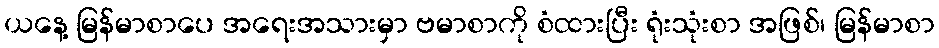
ယနေ့ မြန်မာစာပေ အရေးအသားမှာ ဗမာစာကို စံထားပြီး ရုံးသုံးစာ အဖြစ်၊ မြန်မာစာ